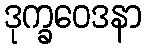
ဒုက္ခဝေဒနာ